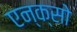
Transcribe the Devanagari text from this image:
एन्क्सो